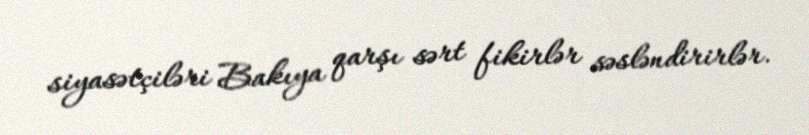
siyasətçiləri Bakıya qarşı sərt fikirlər səsləndirirlər.